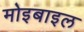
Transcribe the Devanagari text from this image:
मोइबाइल